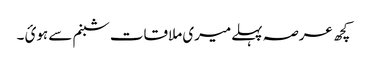
کچھ عرصہ پہلےمیری ملاقات شبنم سے ہوئ ۔